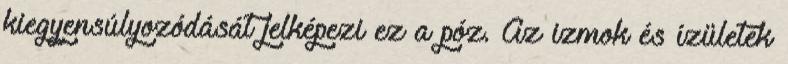
kiegyensúlyozódását jelképezi ez a póz. Az izmok és ízületek